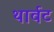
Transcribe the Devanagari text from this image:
थार्वट